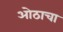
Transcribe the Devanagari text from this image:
ओठाचा